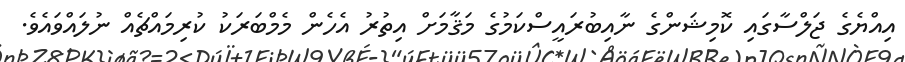
އިއްޔެގެ ޖަލްސާގައި ކޮމިޝަންގެ ނާއިބުރައީސްކަމުގެ މަޤާމަށް އިތުރު އެހެން މެމްބަރަކު ކުރިމައްޗެއް ނުލައްވައެވެ.